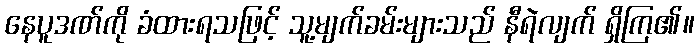
နေပူဒဏ်ကို ခံထားရသဖြင့် သူ့မျက်ခမ်းများသည် နီရဲလျက် ရှိကြ၏။